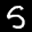
Label: 5